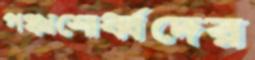
পঞ্চাশোর্ধ্বদের